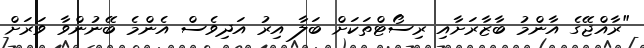
"ރާއްޖޭގެ އާންމު ބާޒާރަށާއި ރިސޯޓްތަކަށް ބަލާ އިރު އަދިވެސް އެންމެ ބޭނުންވާ ވަރަށް